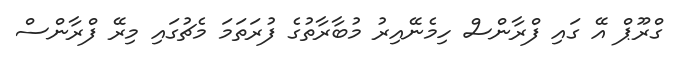
ގްރޫޕް އޭ ގައި ފްރާންސް ހިމެނޭއިރު މުބާރާތުގެ ފުރަތަމަ މެޗުގައި މިރޭ ފްރާންސް